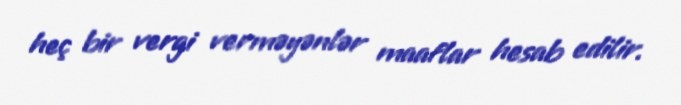
heç bir vergi verməyənlər maaflar hesab edilir.